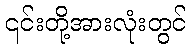
၎င်းတို့အားလုံးတွင်